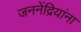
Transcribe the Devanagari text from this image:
जननेंद्रियांना